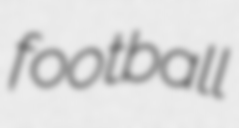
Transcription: football